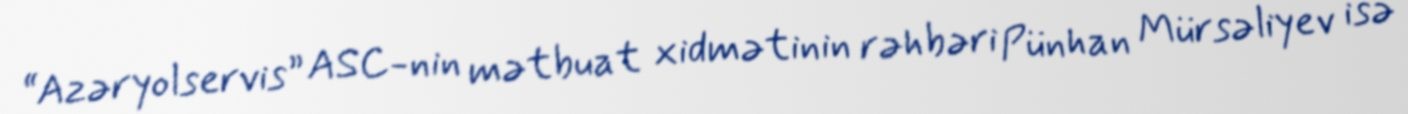
“Azəryolservis” ASC-nin mətbuat xidmətinin rəhbəri Pünhan Mürsəliyev isə